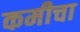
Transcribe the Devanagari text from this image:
कमीचा